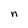
Character: n